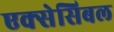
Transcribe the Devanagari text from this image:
एक्सेसिबल